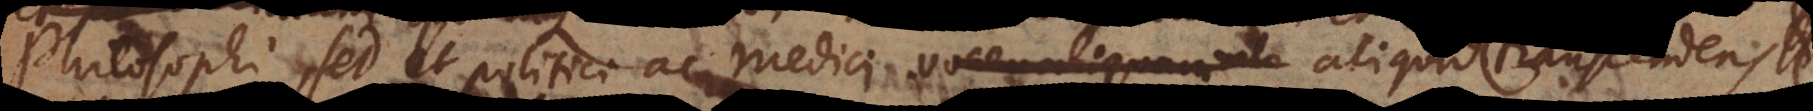
hilosophi, sed et politici ac medici vocem aliquam transcendent